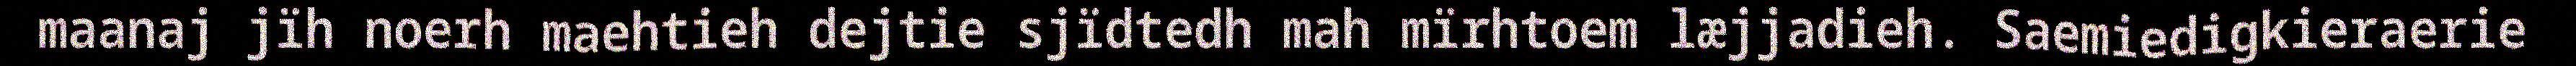
maanaj jïh noerh maehtieh dejtie sjïdtedh mah mïrhtoem læjjadieh. Saemiedigkieraerie